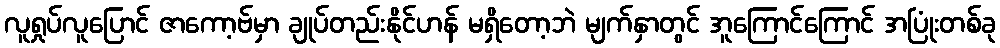
လူရှုပ်လူပြောင် ဇာကော့ဗ်မှာ ချုပ်တည်းနိုင်ဟန် မရှိတော့ဘဲ မျက်နှာတွင် အူကြောင်ကြောင် အပြုံးတစ်ခု